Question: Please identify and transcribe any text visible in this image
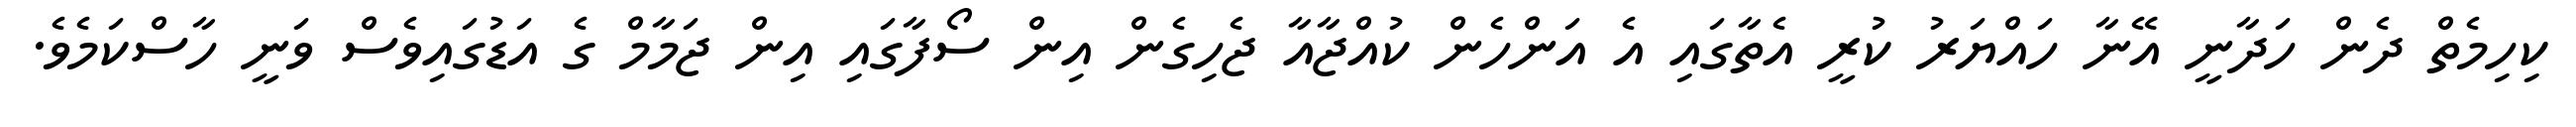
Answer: ކިހިމެތް ދެން ހަދާނީ އޭނާ ހައްޔަރު ކުރީ އެތާގައި އެ އަންހެން ކުއްޖާއާ ޖެހިގެން އިން ސޯފާގައި އިން ޖަމާމް ގެ އަޑުގައިވެސް ވަނީ ހާސްކަމެވެ.